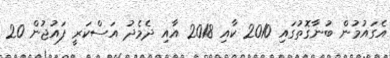
އެގައުމުން ބުނާގޮތުގައި 2010 ކާއި 2018 އާއި ދެމެދު އަސްކަރީ ފައުޖުން 20